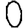
Digit: 0